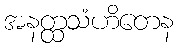
အနတ္ထသံဟိတေန